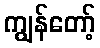
ကျွန်တော့်